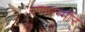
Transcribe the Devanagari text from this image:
रणथम्‍भौर